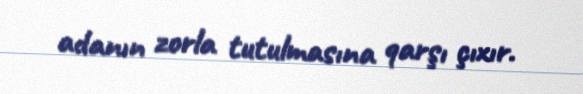
adanın zorla tutulmasına qarşı çıxır.